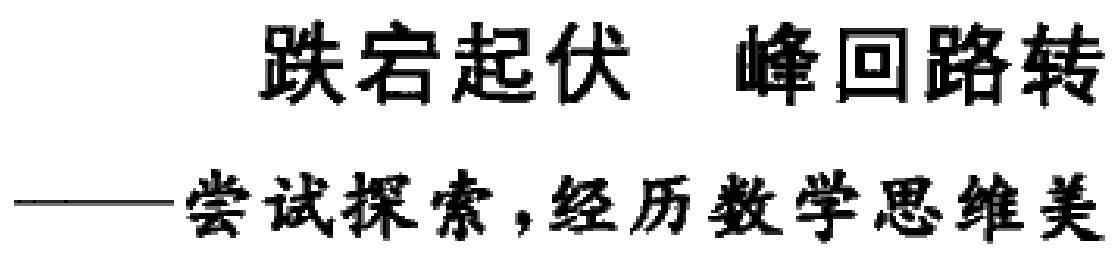
跌宕起伏 峰回路转
——尝试探索,经历数学思维美